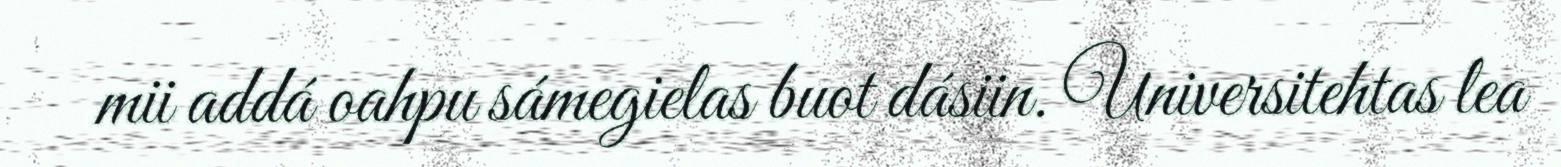
mii addá oahpu sámegielas buot dásiin. Universitehtas lea